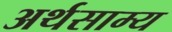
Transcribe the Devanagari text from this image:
अर्थसाम्य